Proceedings of the meeting of veterinary officers in India
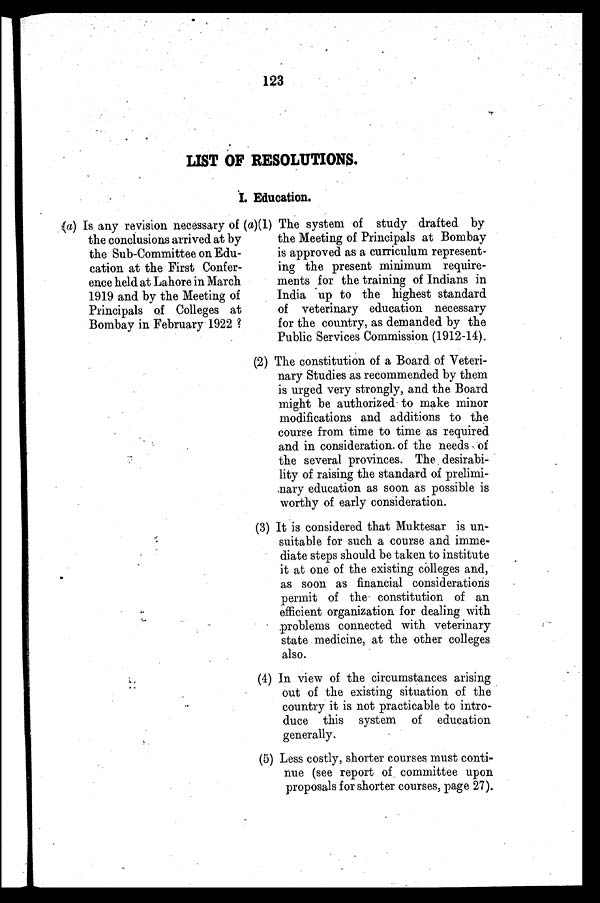
123
LIST OF RESOLUTIONS.
I. Education.
(a) Is any revision necessary of
the conclusions arrived at by
the Sub-Committee on Edu-
cation at the First Confer-
ence held at Lahore in March
1919 and by the Meeting of
Principals of Colleges at
Bombay in February 1922 ?
(a)(1) The system of study drafted by
the Meeting of Principals at Bombay
is approved as a curriculum represent-
ing the present minimum require-
ments for the training of Indians in
India up to the highest standard
of veterinary education necessary
for the country, as demanded by the
Public Services Commission (1912-14).
(2) The constitution of a Board of Veteri-
nary Studies as recommended by them
is urged very strongly, and the Board
might be authorized to make minor
modifications and additions to the
course from time to time as required
and in consideration-of the needs of
the several provinces. The desirabi-
lity of raising the standard of prelimi-
nary education as soon as possible is
worthy of early consideration.
(3) It is considered that Muktesar is un-
suitable for such a course and imme-
diate steps should be taken to institute
it at one of the existing colleges and,
as soon as financial considerations
permit of the constitution of an
efficient organization for dealing with
problems connected with veterinary
state medicine, at the other colleges
also.
(4) In view of the circumstances arising
out of the existing situation of the
country it is not practicable to intro-
duce this system of education
generally.
(5) Less costly, shorter courses must conti-
nue (see report of committee upon
proposals for shorter courses, page 27).